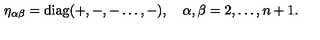
\eta _ { \alpha \beta } = \mathrm { d i a g } ( + , - , - \dots , - ) , \quad \alpha , \beta = 2 , \dots , n + 1 .